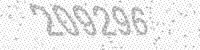
Solution: 209296